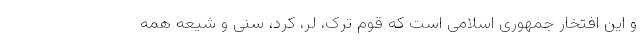
و این افتخار جمهوری اسلامی است که قوم ترک، لر، کرد، سنی و شیعه همه